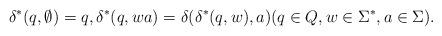
LaTeX: \begin{align*}\delta^*(q, \emptyset) = q, \delta^*(q, wa) = \delta(\delta^*(q,w), a) (q \in Q, w \in \Sigma^*, a \in \Sigma).\end{align*}